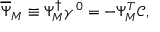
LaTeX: \overline { { { \Psi } } } _ { M } \equiv \Psi _ { M } ^ { \dagger } \gamma ^ { 0 } = - \Psi _ { M } ^ { T } \mathcal { C } ,